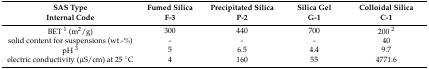
<table><thead><tr><td><b>SAS TypeInternal Code</b></td><td><b>Fumed Silica F-3</b></td><td><b>Precipitated Silica P-2</b></td><td><b>Silica Gel G-1</b></td><td><b>Colloidal Silica C-1</b></td></tr></thead><tbody><tr><td>BET <sup>1</sup> (m<sup>2</sup>/g)</td><td>300</td><td>440</td><td>700</td><td>200 <sup>2</sup></td></tr><tr><td>solid content for suspensions (wt.-%)</td><td>-</td><td>-</td><td>-</td><td>40</td></tr><tr><td>pH <sup>3</sup></td><td>5</td><td>6.5</td><td>4.4</td><td>9.7</td></tr><tr><td>electric conductivity (μS/cm) at 25 °C</td><td>4</td><td>160</td><td>55</td><td>4771.6</td></tr></tbody></table>